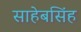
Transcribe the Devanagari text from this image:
साहेबसिंह